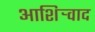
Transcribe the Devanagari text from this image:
आशिर्‍वाद